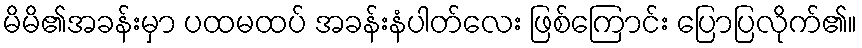
မိမိ၏အခန်းမှာ ပထမထပ် အခန်းနံပါတ်လေး ဖြစ်ကြောင်း ပြောပြလိုက်၏။